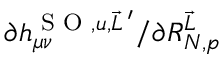
\partial h _ { \mu \nu } ^ { \textrm { S O } , u , \vec { L } \, ^ { \prime } } / \partial R _ { N , p } ^ { \vec { L } }